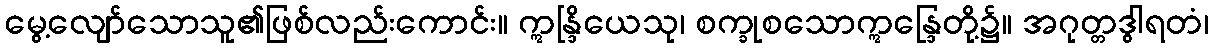
မွေ့လျော်သောသူ၏ဖြစ်လည်းကောင်း။ ဣန္ဒြိယေသု၊ စက္ခုစသောဣန္ဒြေတို့၌။ အဂုတ္တဒွါရတံ၊